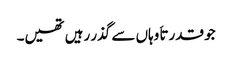
جو قدرتاَ وہاں سے گذر رہیں تھیں۔